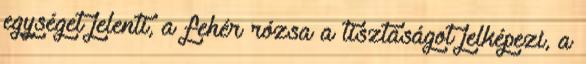
egységet jelenti, a fehér rózsa a tisztaságot jelképezi, a